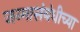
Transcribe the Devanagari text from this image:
जन्मासंबंधीच्या